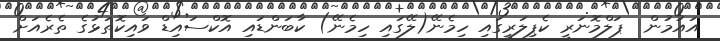
އައުމުން  ޕަލްމޮނަރީ ކެޕިލަރީގައި ހިމެނޭ(ލޭގައި ހިމެނޭ) ކާބަންޑައި އޮކްސައިޑް ވައިކޮތަޅުގެ ތެރެއަށް